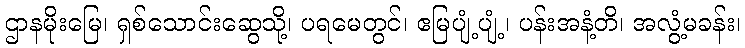
ဌာနမိုးမြေ၊ ရှစ်သောင်းဆွေသို့၊ ပရမေတွင်၊ ဧမြပျံ့ပျံ့၊ ပန်းအနံ့တိ၊ အလွံ့မခန်း၊